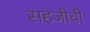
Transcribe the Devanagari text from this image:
सहजीची